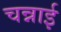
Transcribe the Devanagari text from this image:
चन्नाई